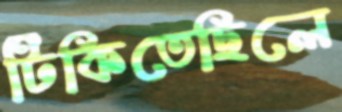
টিকিতেছিলে